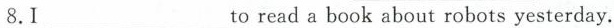
8.Ito_______readabookaboutrobots yesterday.